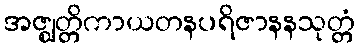
အဇ္ဈတ္တိကာယတနပရိဇာနနသုတ္တံ